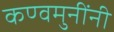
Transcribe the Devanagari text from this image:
कण्वमुनींनी